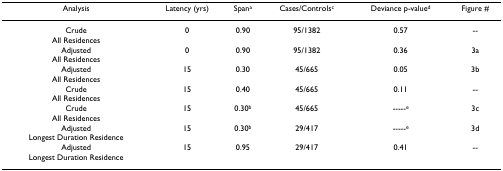
<table><thead><tr><td><b>Analysis</b></td><td><b>Latency (yrs)</b></td><td><b>Span<sup>a</sup></b></td><td><b>Cases/Controls<sup>c</sup></b></td><td><b>Deviance p-value<sup>d</sup></b></td><td><b>Figure #</b></td></tr></thead><tbody><tr><td>CrudeAll Residences</td><td>0</td><td>0.90</td><td>95/1382</td><td>0.57</td><td>--</td></tr><tr><td>AdjustedAll Residences</td><td>0</td><td>0.90</td><td>95/1382</td><td>0.36</td><td>3a</td></tr><tr><td>AdjustedAll Residences</td><td>15</td><td>0.30</td><td>45/665</td><td>0.05</td><td>3b</td></tr><tr><td>CrudeAll Residences</td><td>15</td><td>0.40</td><td>45/665</td><td>0.11</td><td>--</td></tr><tr><td>CrudeAll Residences</td><td>15</td><td>0.30<sup>b</sup></td><td>45/665</td><td>-----<sup>e</sup></td><td>3c</td></tr><tr><td>AdjustedLongest Duration Residence</td><td>15</td><td>0.30<sup>b</sup></td><td>29/417</td><td>-----<sup>e</sup></td><td>3d</td></tr><tr><td>AdjustedLongest Duration Residence</td><td>15</td><td>0.95</td><td>29/417</td><td>0.41</td><td>--</td></tr></tbody></table>